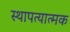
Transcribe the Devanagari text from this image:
स्थापत्यात्मक